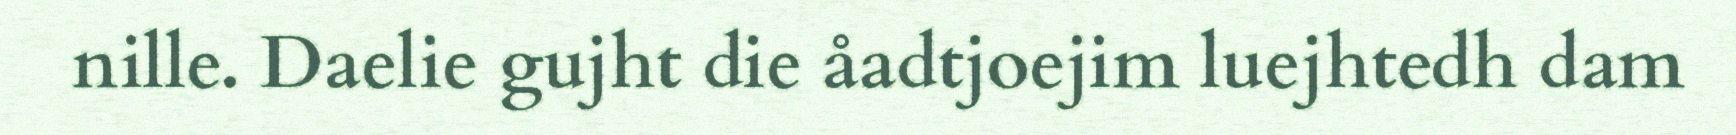
nille. Daelie gujht die åadtjoejim luejhtedh dam